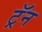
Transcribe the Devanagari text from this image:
ट्रॅन